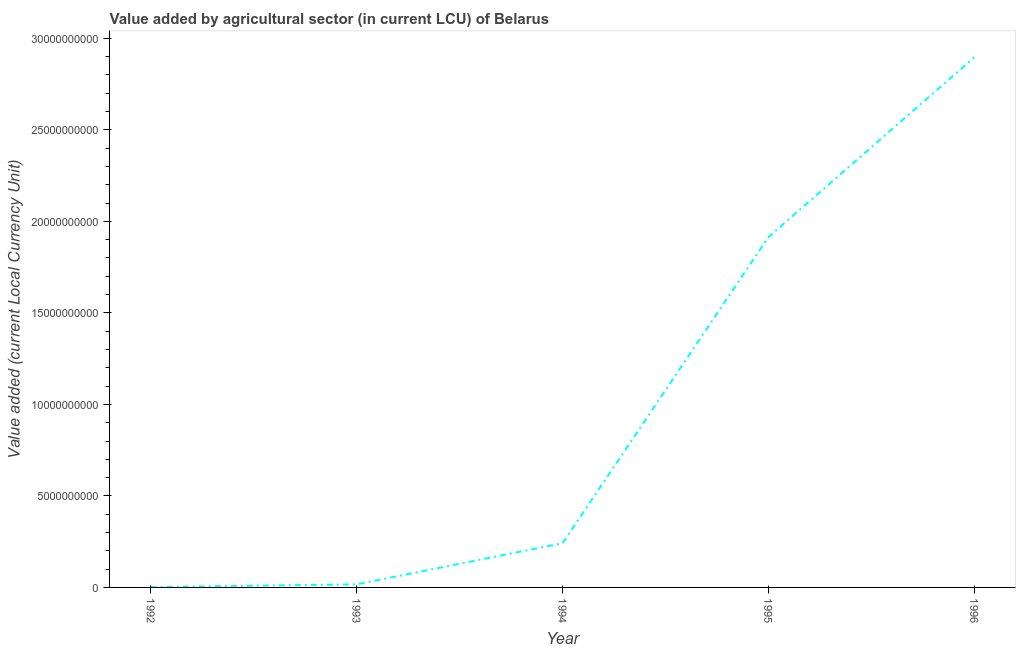
| Year | Agriculture |
 | --- | --- |
 | 1992 | 2.07e+07 |
 | 1993 | 1.69e+08 |
 | 1994 | 2.42e+09 |
 | 1995 | 1.91e+10 |
 | 1996 | 2.9e+10 |